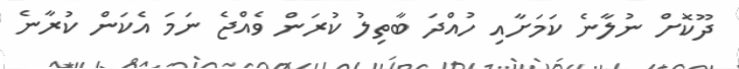
ދޫކޮށް ނުލާނެ ކަމަށާއި ހުއްދަ ބާތިލު ކުރަން ވެއްޖެ ނަމަ އެކަން ކުރާނެ